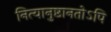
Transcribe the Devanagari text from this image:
नित्यानुष्ठानतोऽपि